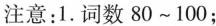
注意：1.词数80~100；